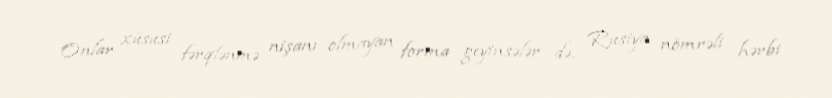
Onlar xüsusi fərqlənmə nişanı olmayan forma geyinsələr də, Rusiya nömrəli hərbi